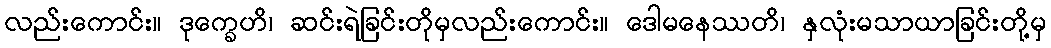
လည်းကောင်း။ ဒုက္ခေဟိ၊ ဆင်းရဲခြင်းတိုမှလည်းကောင်း။ ဒေါမနေဿတိ၊ နှလုံးမသာယာခြင်းတို့မှ